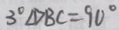
3 ^ { \circ } \angle D B C = 9 0 ^ { \circ }